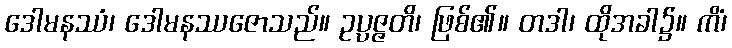
ဒေါမနဿံ၊ ဒေါမနဿဇောသည်။ ဥပ္ပဇ္ဇတိ၊ ဖြစ်၏။ တဒါ၊ ထိုအခါ၌။ ကိံ၊